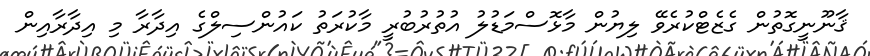
ޤާނޫނީގޮތުން ގެޒެޓްކުރެވޭ ލިޔުން މާޅޮސްމަޑުލު އުތުރުބުރީ މާކުރަތު ކައުންސިލްގެ އިދާރާ މި އިދާރާއިން